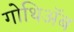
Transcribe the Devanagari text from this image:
गोथिॲब